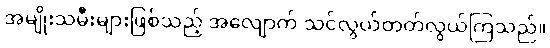
အမျိုးသမီးများဖြစ်သည့် အလျောက် သင်လွယ်တတ်လွယ်ကြသည်။